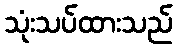
သုံးသပ်ထားသည်